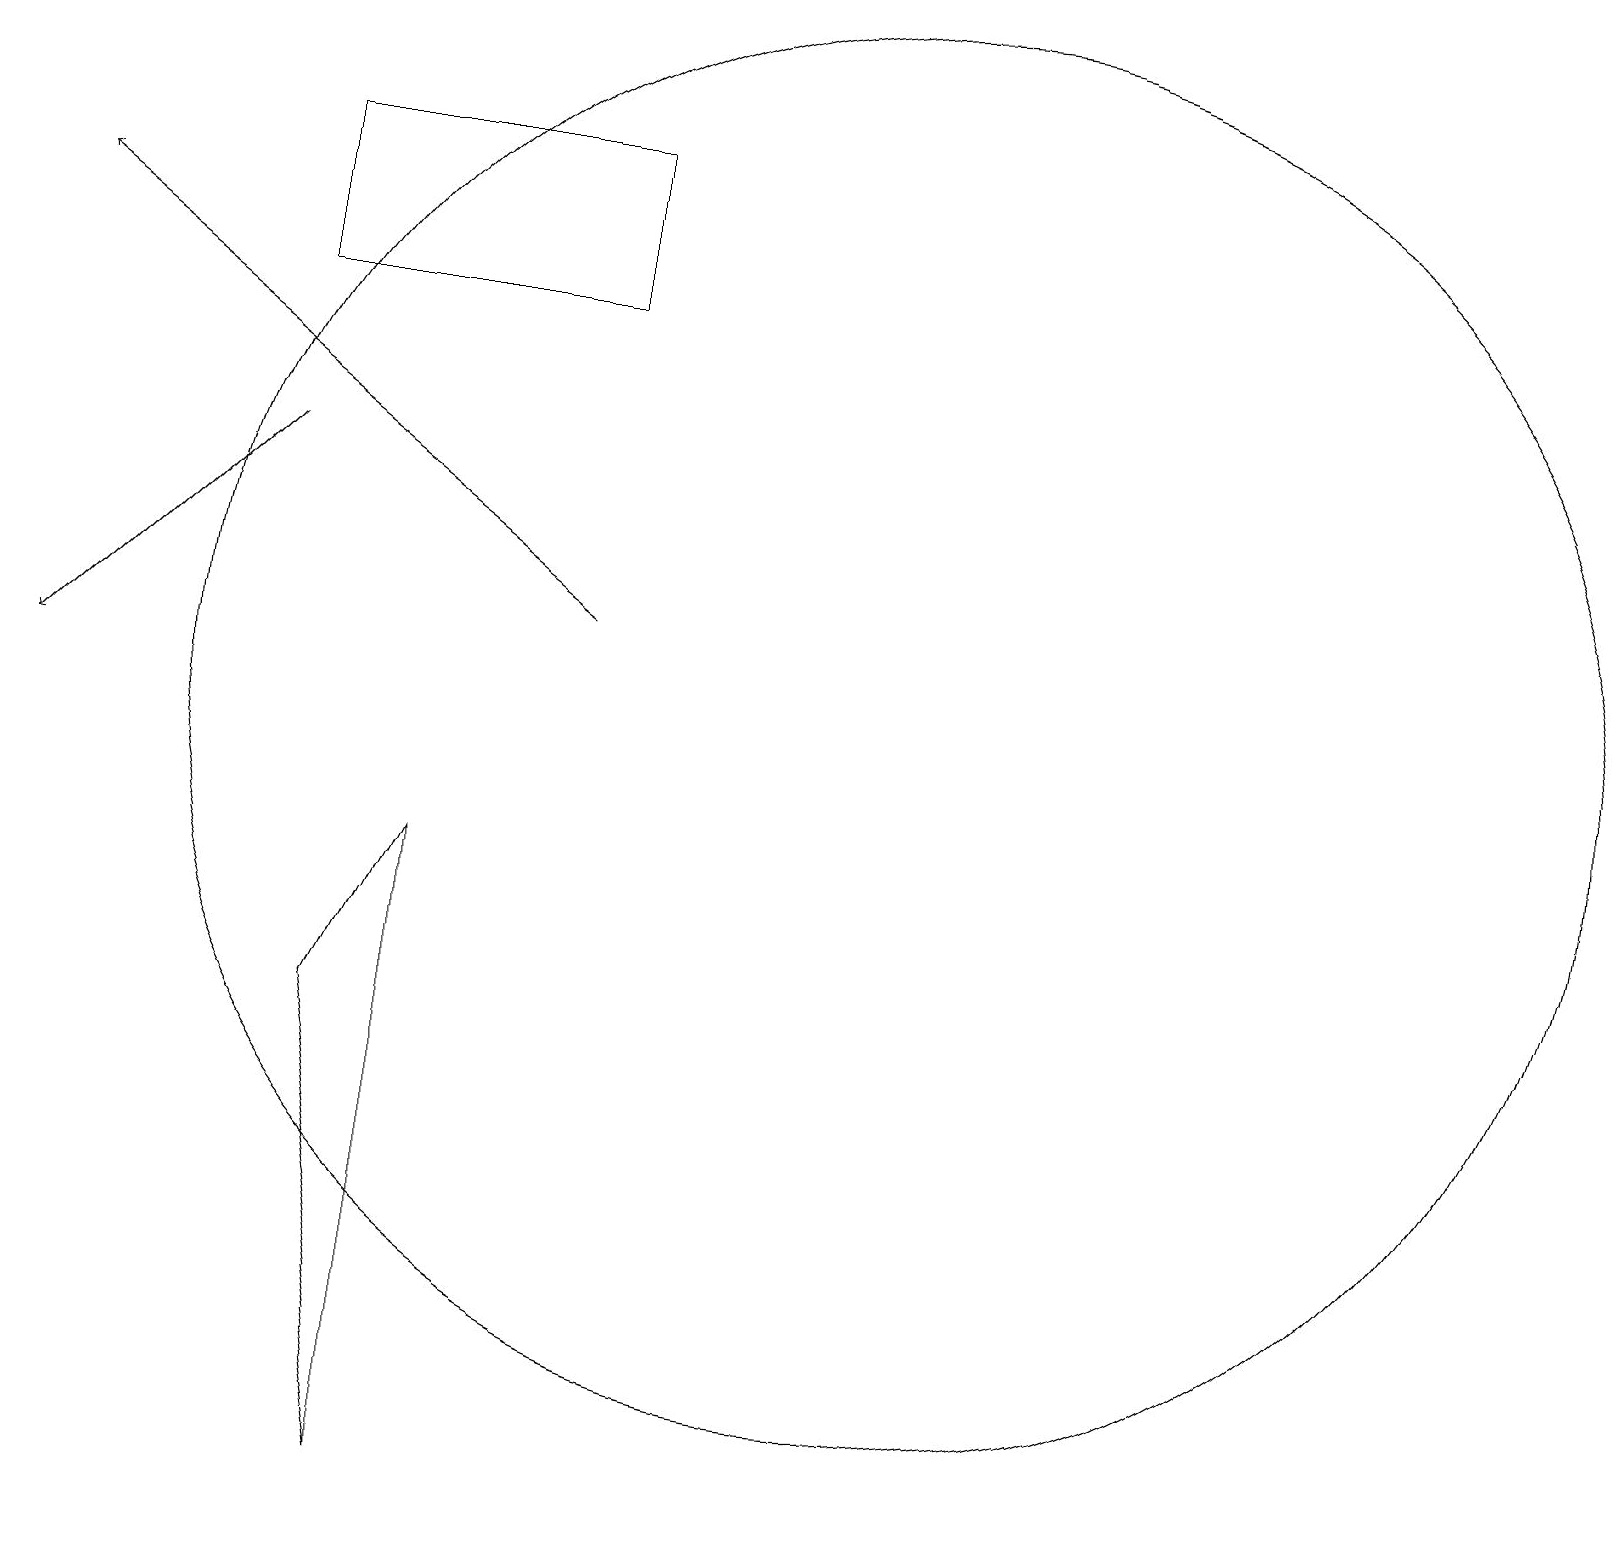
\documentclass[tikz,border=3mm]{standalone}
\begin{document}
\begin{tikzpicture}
\draw (5,1) -- (5,9) -- (4,7) -- cycle;
\draw[->] (7,12) -- (0,17);
\draw[->] (3,14) -- (0,11);
\draw (7,18) rectangle (3,16);
\draw (11,11) circle (9);
\draw (10,10) circle (0);
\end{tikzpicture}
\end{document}